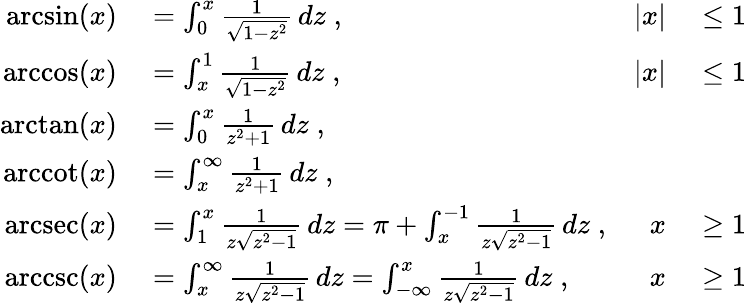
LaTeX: \begin{array}{rlrl}{\arcsin(x)}&{{}{}=\int_{0}^{x}{\frac{1}{\sqrt{1-z^{2}}}}\, dz\; ,}&{|x|}&{{}{}\leq 1}\\ {\operatorname{arccos}(x)}&{{}{}=\int_{x}^{1}{\frac{1}{\sqrt{1-z^{2}}}}\, dz\; ,}&{|x|}&{{}{}\leq 1}\\ {\arctan(x)}&{{}{}=\int_{0}^{x}{\frac{1}{z^{2}+1}}\, dz\; ,}\\ {\operatorname{arccot}(x)}&{{}{}=\int_{x}^{\infty}{\frac{1}{z^{2}+1}}\, dz\; ,}\\ {\operatorname{arcsec}(x)}&{{}{}=\int_{1}^{x}{\frac{1}{z{\sqrt{z^{2}-1}}}}\, dz=\pi+\int_{x}^{-1}{\frac{1}{z{\sqrt{z^{2}-1}}}}\, dz\; ,}&{x}&{{}{}\geq 1}\\ {\operatorname{arccsc}(x)}&{{}{}=\int_{x}^{\infty}{\frac{1}{z{\sqrt{z^{2}-1}}}}\, dz=\int_{-\infty}^{x}{\frac{1}{z{\sqrt{z^{2}-1}}}}\, dz\; ,}&{x}&{{}{}\geq 1}\end{array}